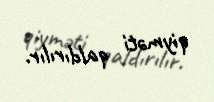
qiyməti qaldırılır.